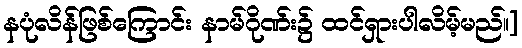
နပုံလိန်ဖြစ်ကြောင်း နာမ်ဂိုဏ်း၌ ထင်ရှားပါလိမ့်မည်။]